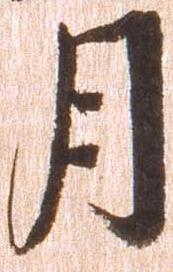
月